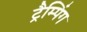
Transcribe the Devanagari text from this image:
ट्रैम्पिंग